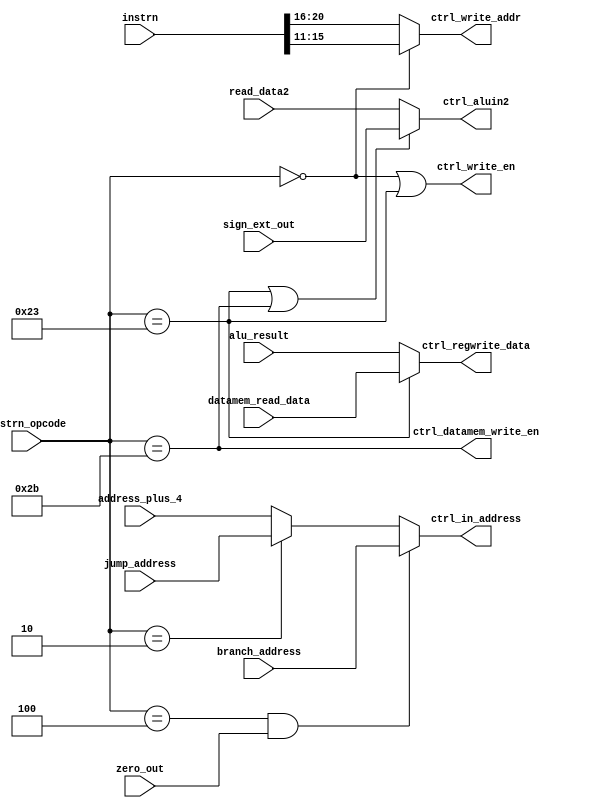
module Control_Logic (
    instrn,
    instrn_opcode,
    address_plus_4,
    branch_address,
    jump_address,
    ctrl_in_address,
    alu_result,
    zero_out,
    ctrl_write_en,
    ctrl_write_addr,
    read_data2,
    sign_ext_out,
    ctrl_aluin2,
    ctrl_datamem_write_en,
    datamem_read_data,
    ctrl_regwrite_data
);

  input [31:0] instrn;
  input [5:0] instrn_opcode;
  input [31:0] address_plus_4;
  input [31:0] branch_address;
  input [31:0] jump_address;
  input [31:0] datamem_read_data;
  input [31:0] alu_result;
  input zero_out;
  input [31:0] read_data2;
  input [31:0] sign_ext_out;

  output wire [31:0] ctrl_in_address;
  output wire ctrl_write_en;
  output wire [4:0] ctrl_write_addr;
  output wire [31:0] ctrl_aluin2;
  output wire ctrl_datamem_write_en;
  output wire [31:0] ctrl_regwrite_data;

  //Select either branch address (for BEQ) or jump address (for J) or address+4 (for other cases)
  assign ctrl_in_address = (instrn_opcode == 6'h04 && zero_out) ? branch_address :
                           (instrn_opcode == 6'h02) ? jump_address :
                           address_plus_4;

  //Write enable for regfile only for R-Type and LW instructions
  assign ctrl_write_en = (instrn_opcode == 6'h00) || (instrn_opcode == 6'h23);

  //Write address for regfile selection based on R-Type and I-Type instructions
  assign ctrl_write_addr = (instrn_opcode == 6'h00) ? instrn[15:11] : instrn[20:16];

  //Write data for regfile is from Data mem (LW) or from ALU
  assign ctrl_regwrite_data = (instrn_opcode == 6'h23) ? datamem_read_data : alu_result;

  //Second input of ALU is either from regfile (R_Type) or sign ext unit (LW & SW)
  assign ctrl_aluin2 = (instrn_opcode==6'h23 || instrn_opcode==6'h2B) ? sign_ext_out : read_data2;

  //Write enable to datamem only for LW instruction
  assign ctrl_datamem_write_en = (instrn_opcode == 6'h2B);

endmodule